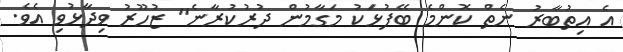
އެ އިތުބާރު ނެތް ކޮންމެ ބޭފުޅަކު މަގާމުން ދުރުކުރާނެ" ޒުހޫރު ވިދާޅުވި އެވެ.